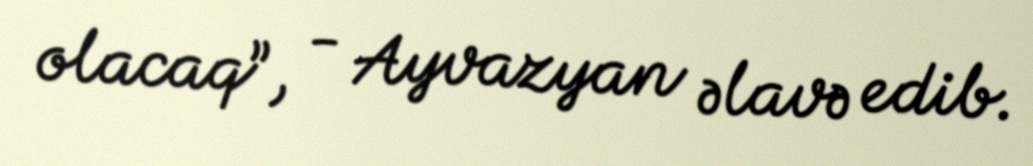
olacaq”, - Ayvazyan əlavə edib.